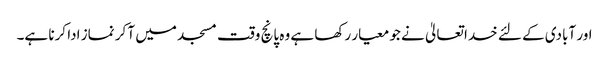
اور آبادی کے لئے خدا تعالیٰ نے جو معیار رکھا ہے وہ پانچ وقت مسجد میں آ کر نماز ادا کرنا ہے۔